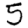
Digit: 5